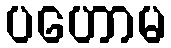
ပဟောမ